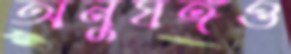
অনুষঙ্গও